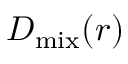
D _ { \mathrm { m i x } } ( r )